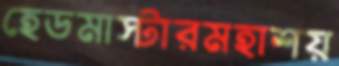
হেডমাস্টারমহাশয়